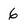
Character: 6